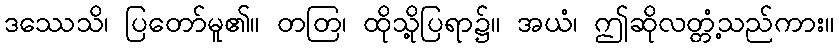
ဒဿေသိ၊ ပြတော်မူ၏။ တတြ၊ ထိုသို့ပြရာ၌။ အယံ၊ ဤဆိုလတ္တံ့သည်ကား။